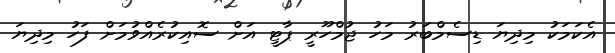
އެކަމަކު މިދިޔަ ޑިސެމްބަރު މަހު ޖުމްހޫރީ ޕާޓީ އަށް ސޮއިކުރެއްވުމަށް ފަހު މިދިޔަ